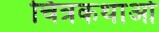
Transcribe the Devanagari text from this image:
चित्रकथाओ